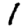
Digit: 1